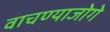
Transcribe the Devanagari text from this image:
वाचण्याजोगे